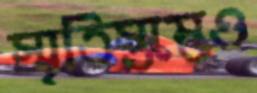
স্মৃতিস্তম্ভেও